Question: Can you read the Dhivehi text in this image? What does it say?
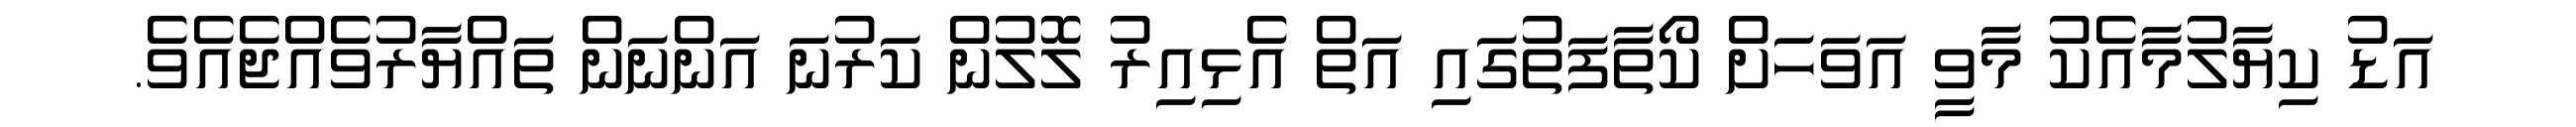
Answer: އަޑު ކިޔާލުމާއެކު މާވީ އަވަހަށް ކޯތާފަތުގައި އަތް އެޅިއިރު ލޮލުން ކަރުނަ އަންނަން ތައްޔާރުވެއްޖެއެވެ.